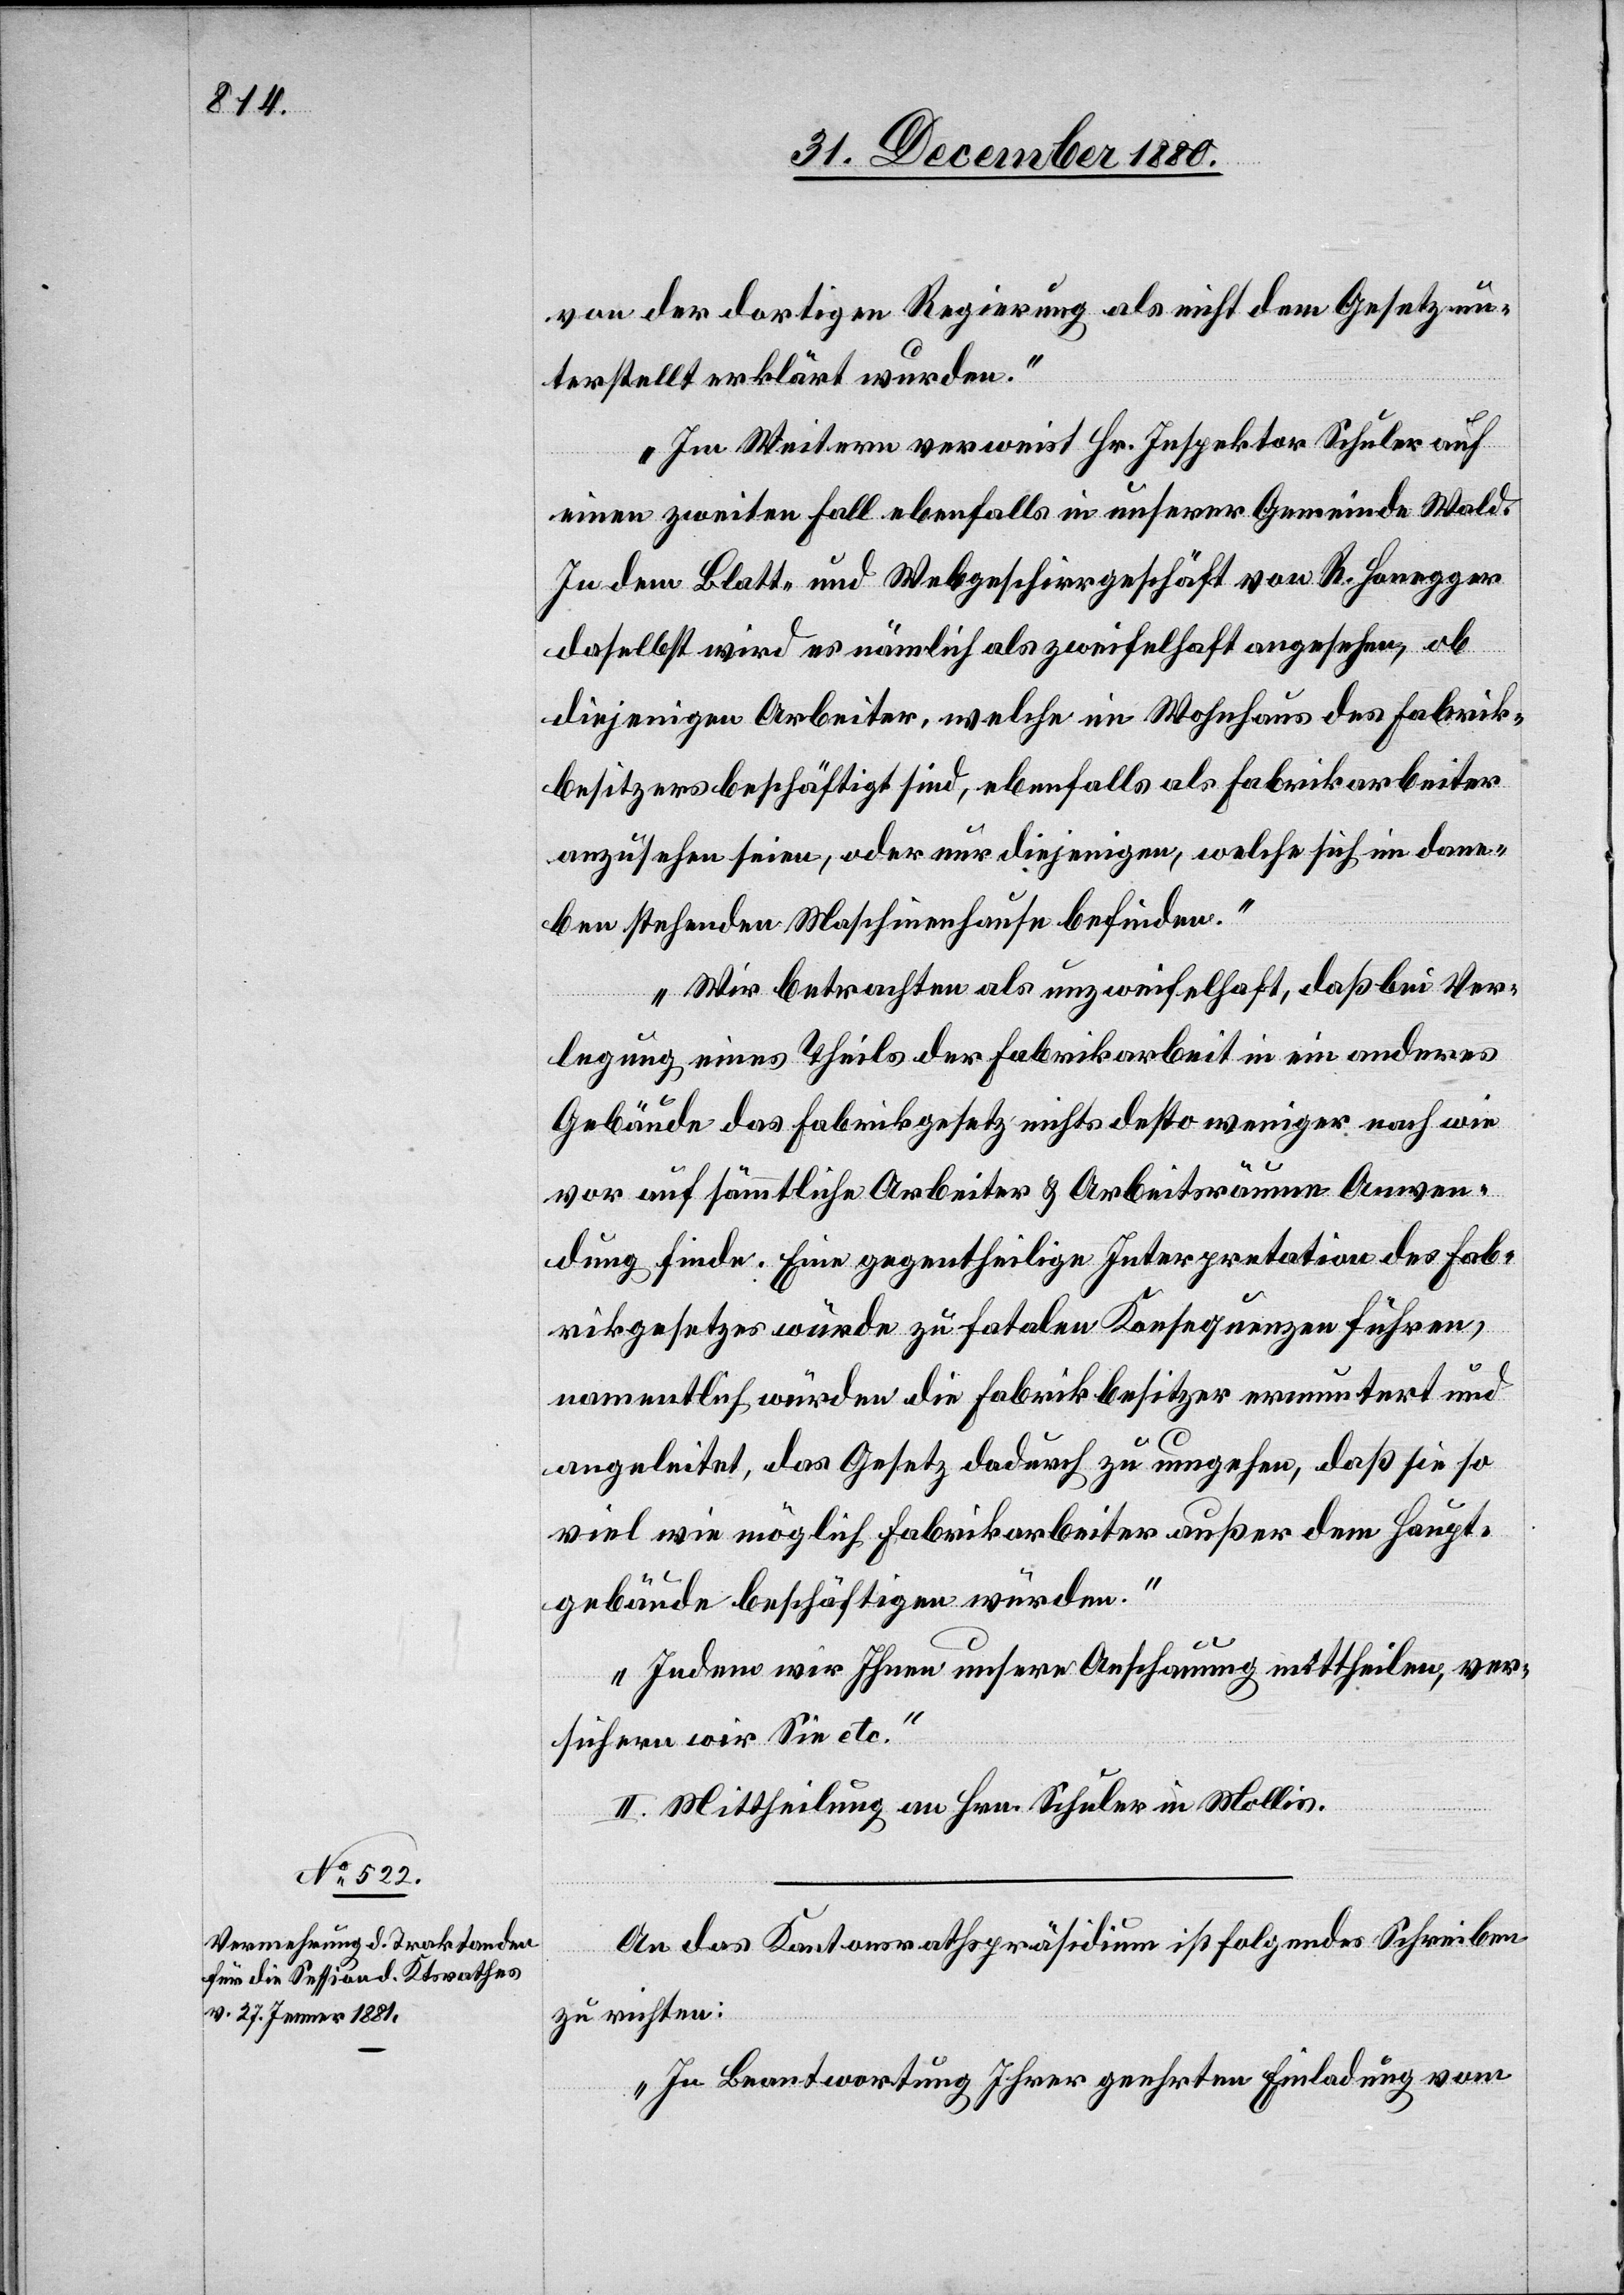
von der dortigen Regierung als nicht dem Gesetz un¬
terstellt erklärt wurden.
Im Weitern verweist Hr. Inspektor Schuler auf
einen zweiten Fall ebenfalls in unserer Gemeinde Wald.
In dem Blatt- und Webgeschirrgeschäft von R. Honegger
daselbst wird es nämlich als zweifelhaft angesehen, ob
diejenigen Arbeiter, welche im Wohnhaus des Fabrik¬
besitzers beschäftigt sind, ebenfalls als Fabrikarbeiter
anzusehen seien, oder nur diejenigen, welch sich im dane¬
ben stehenden Maschinenhause befinden.
Wir betrachten als unzweifelhaft, daß bei Ver¬
legung eines Theils der Fabrikarbeit in ein anderes
Gebäude das Fabrikgesetz nichts desto weniger nach wie
vor auf sämmtliche Arbeiter & Arbeitsräume Anwen¬
dung finde. Eine gegentheilige Interpretation des Fab¬
rikgesetzes würde zu fatalen Konsequenzen führen,
namentlich würden die Fabrikbesitzer ermuntert und
angeleitet, das Gesetz dadurch zu umgehen, daß sie so
viel wie möglich Fabrikarbeiter außer dem Haupt¬
gebäude beschäftigen würden.
Indem wir Ihnen unsere Anschauung mittheilen, ver¬
sichern wir Sie etc.“
II. Mittheilung an Hrn. Schuler in Mollis.
An das Kantonsrathspräsidium ist folgendes Schreiben
zu richten:
„In Beantwortung Ihrer geehrten Einladung vom